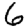
Digit: 6